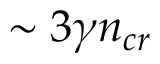
\sim 3 \gamma n _ { c r }